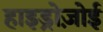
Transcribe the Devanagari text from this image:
हाइड्रोज़ोई